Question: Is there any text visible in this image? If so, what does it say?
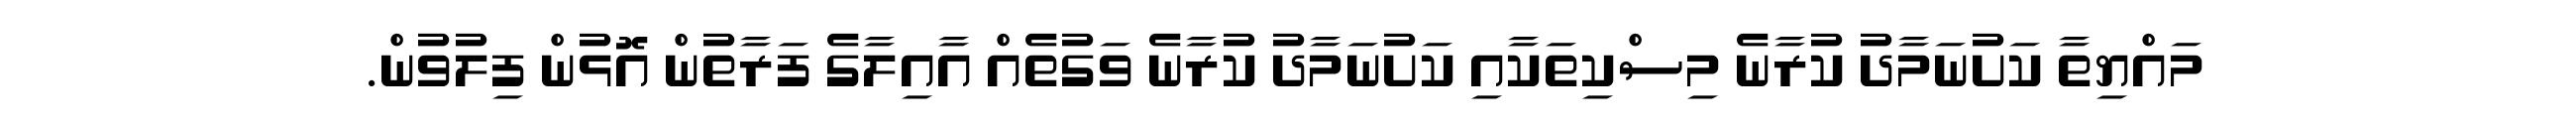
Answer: މައްޔިތާ ކަށުނަމާދު ކުރާނެ މިސްކިތަކާއި ކަށުނަމާދު ކުރާނެ ވަގުތެއް އާއިލާގެ ފަރާތުން އޮޅުން ފިލުވުން.